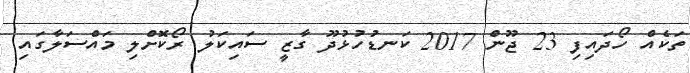
ތަކެއް ހޯދައިފި 23 ޖޫން 2017 ކަނޑުހުޅުދޫ ގާޒީ ސައިކަލު ރޯކޮށްލި މައްސަލާގައި